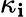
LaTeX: \kappa_{\mathbf{i}}